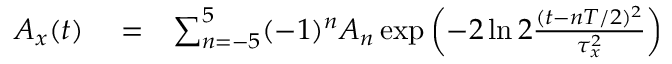
\begin{array} { r l r } { A _ { x } ( t ) } & { { } = } & { \sum _ { n = - 5 } ^ { 5 } ( - 1 ) ^ { n } A _ { n } \exp \left( - 2 \ln 2 { \frac { ( t - n T / 2 ) ^ { 2 } } { \tau _ { x } ^ { 2 } } } \right) } \end{array}